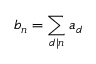
b _ { n } = \sum _ { d | n } a _ { d }